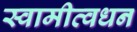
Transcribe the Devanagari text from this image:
स्वामीत्वधन